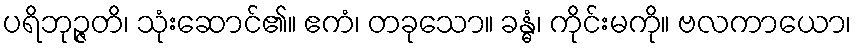
ပရိဘုဉ္ဇတိ၊ သုံးဆောင်၏။ ဧကံ၊ တခုသော။ ခန္ဓံ၊ ကိုင်းမကို။ ဗလကာယော၊